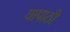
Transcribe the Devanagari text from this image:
यापाठी